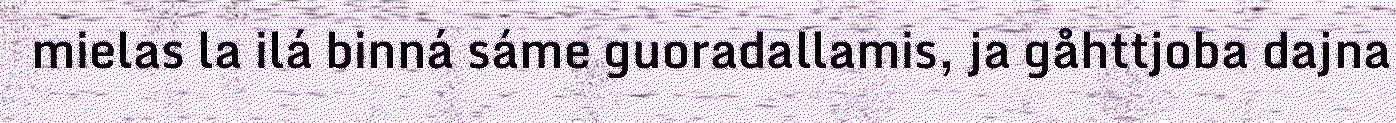
mielas la ilá binná sáme guoradallamis, ja gåhttjoba dajna